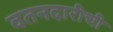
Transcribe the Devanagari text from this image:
वतनदारीची